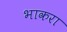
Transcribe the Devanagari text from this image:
भाकरा